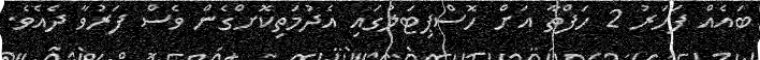
ބައެއް ފަހަރު 2 ހަފްތާ އަށް ހޮސްޕިޓަލުގައި އެދުމަތިކޮށްގެން ވެސް ފަރުވާ ދެއެވެ.